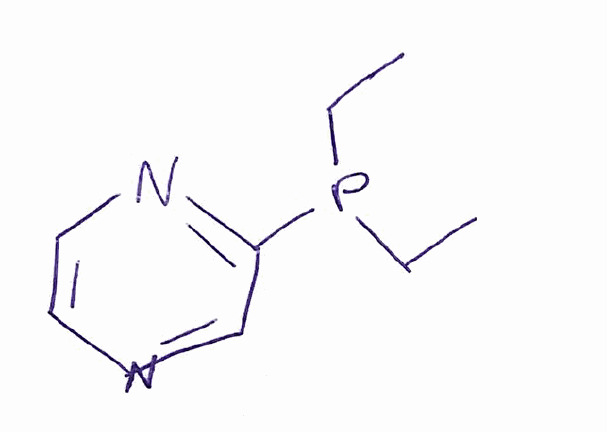
Simplified molecular-input line-entry system (SMILES) notation of the given molecule:
CCP(CC)C1=NC=CN=C1